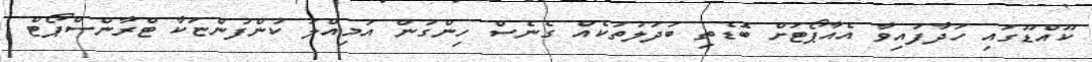
ކޫއްޑޫގައި ހަދާފައިވާ އެއާޕޯޓަށް ބޮޑެތި ބަދަލުތަކެއް ގެނެސް ހިންގުން އަމިއްލަ ކުންފުންޏަކާ ޓްރާންސްޕޯޓް